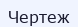
Чертеж